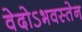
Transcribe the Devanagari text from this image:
वेदोऽभवस्तेन